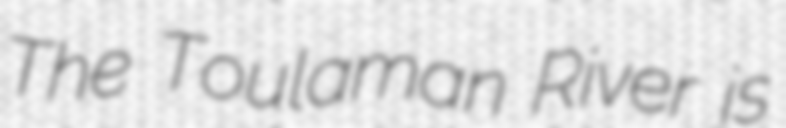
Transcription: The Toulaman River is